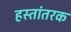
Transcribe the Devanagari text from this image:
हस्तांतरक